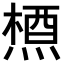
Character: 𪳝